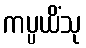
ကပ္ပယိံသု